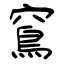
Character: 窵